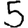
Digit: 5